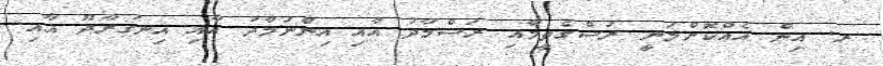
ރ. އިން އެއްކޮށްލަނީ ރަސްގެތީމާއި ރަސްމާދު އާއި އިންނަމާދު އާއި އިނގުރާދޫ އާއި